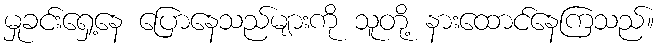
မှုခင်းရှေ့နေ ပြောနေသည်များကို သူတို့ နားထောင်နေကြသည်။